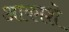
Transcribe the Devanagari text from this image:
आकाशे